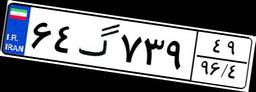
۶۴گ۷۳۹۴۹